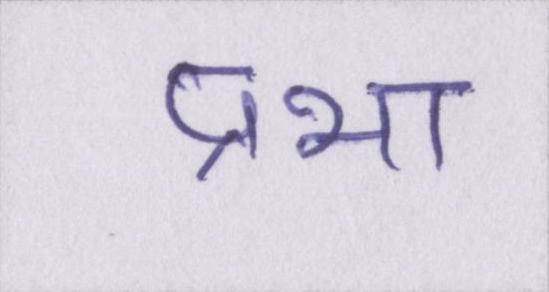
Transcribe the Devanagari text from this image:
प्रभा